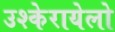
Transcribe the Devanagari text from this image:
उश्केरायेलो